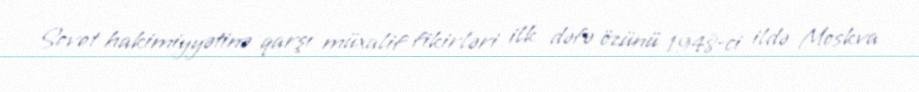
Sovet hakimiyyətinə qarşı müxalif fikirləri ilk dəfə özünü 1948-ci ildə Moskva